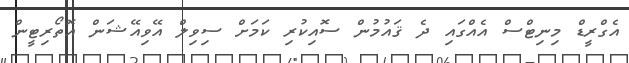
އެގްރީޑް މިނިޓްސް އެއްގައި ދެ ޤައުމުން ސޮއިކުރި ކަމަށް ސިވިލް އޭވިއޭޝަން އޮތޯރިޓީން